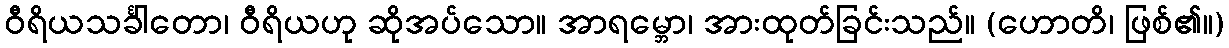
ဝီရိယသင်္ခါတော၊ ဝီရိယဟု ဆိုအပ်သော။ အာရမ္ဘော၊ အားထုတ်ခြင်းသည်။ (ဟောတိ၊ ဖြစ်၏။)